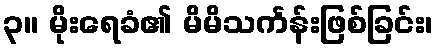
၃။ မိုးရေခံ၏ မိမိသင်္ကန်းဖြစ်ခြင်း၊